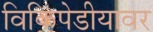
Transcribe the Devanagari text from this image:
विकिपेडीयावर